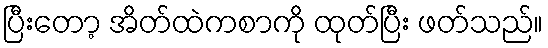
ပြီးတော့ အိတ်ထဲကစာကို ထုတ်ပြီး ဖတ်သည်။